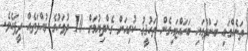
ތަނެއްގައި ބަންދުގައި ބަހައްޓައިގެން ތަހުޤީޤު ކުރިއަށް ގެންދިޔުމަށް 10 ދުވަހުގެ މުއްދަތެއް ދީފައެވެ.